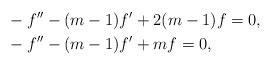
LaTeX: \begin{align*}&-f^{\prime\prime}-(m-1)f^{\prime}+2(m-1)f=0,\\&-f^{\prime\prime}-(m-1)f^{\prime}+mf=0,\end{align*}